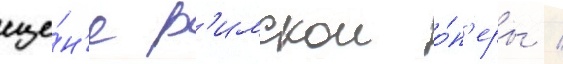
сце́н'е р'имскои о́п'еры /